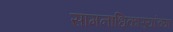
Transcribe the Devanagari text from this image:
सामनाधिकार्‍यांच्या